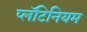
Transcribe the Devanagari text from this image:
प्लॅटिनियम